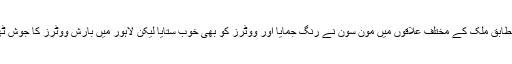
تفصیلات کے مطابق ملک کے مختلف علاقوں میں مون سون نے رنگ جمایا اور ووٹرز کو بھی خوب ستایا لیکن لاہور میں بارش ووٹرز کا جوش ٹھنڈا نہ کر سکی۔